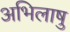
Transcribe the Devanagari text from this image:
अभिलाषु